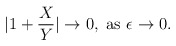
\begin{align*}|1+{X\over Y}|\to0,\ {\rm as}\ \epsilon\to0.\end{align*}